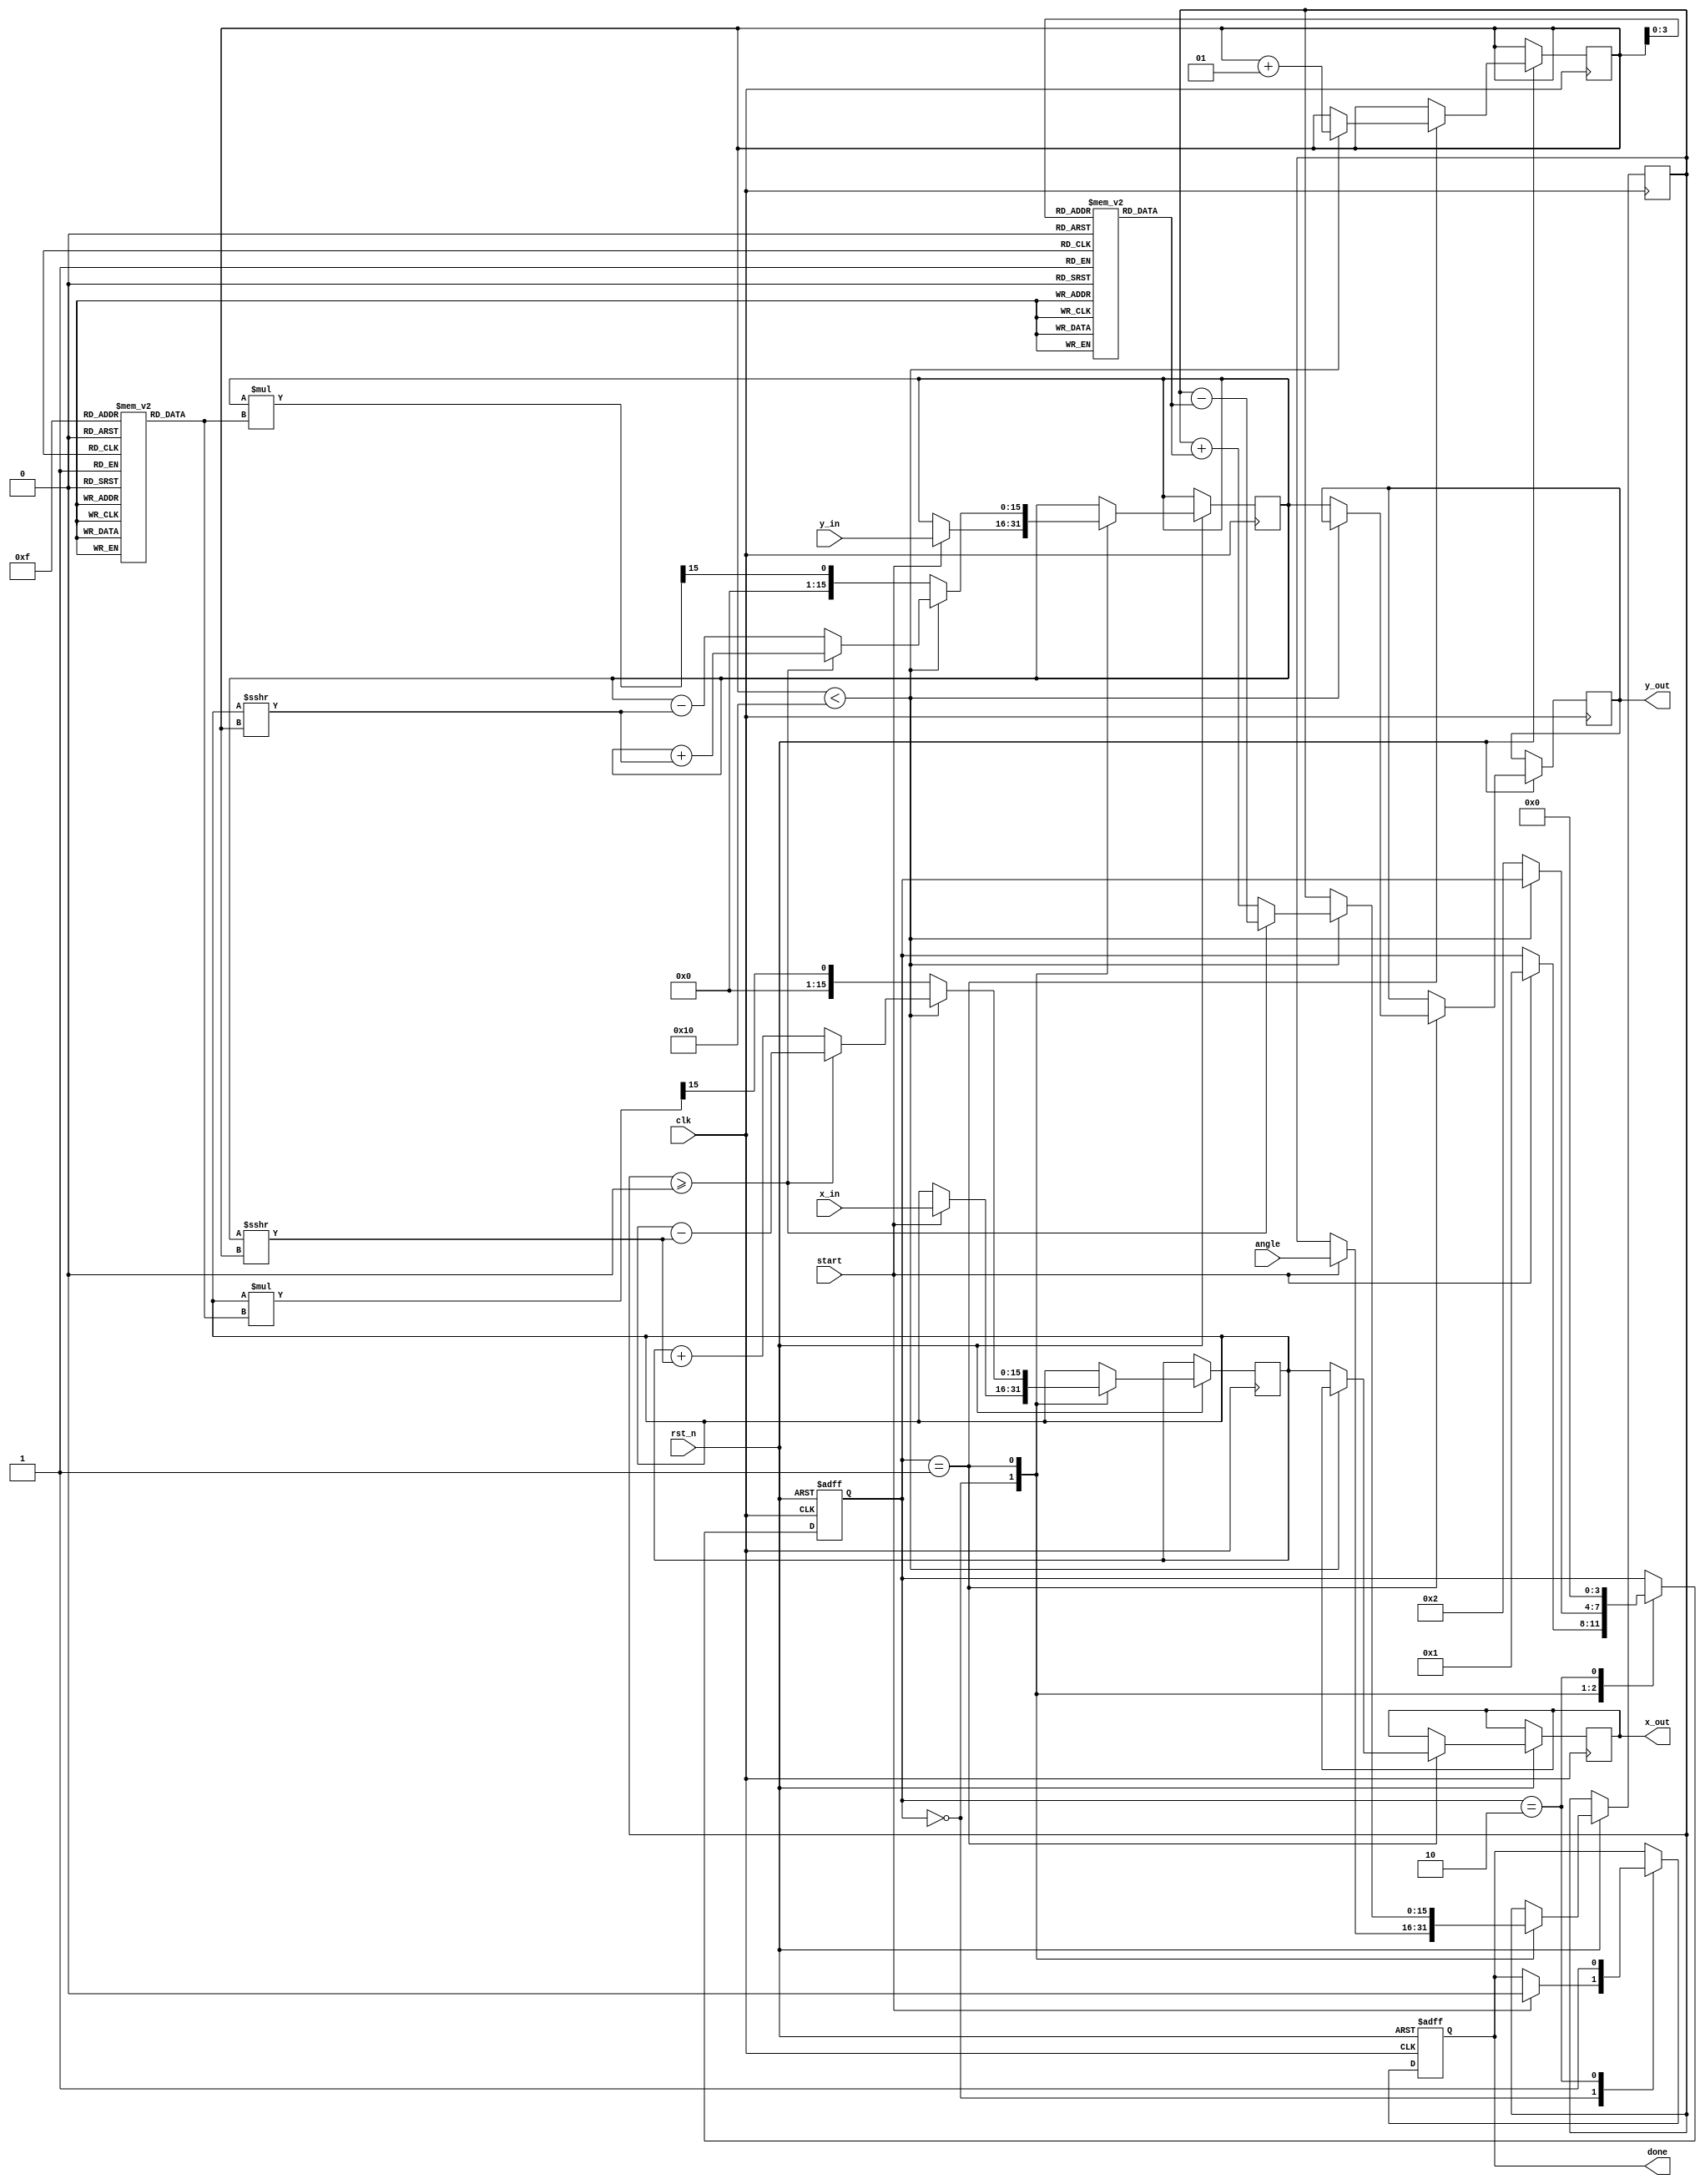
module cordic(
    input clk,
    input rst_n,
    input start,
    input [15:0] angle,      // Angle in fixed-point representation
    input [15:0] x_in,       // Initial x vector
    input [15:0] y_in,       // Initial y vector
    output reg [15:0] x_out,  // Resultant x vector
    output reg [15:0] y_out,  // Resultant y vector
    output reg done           // Indicate operation completed
);

// Parameter definitions
parameter NUM_ITER = 16;        // Number of iterations (can be adjusted)
parameter LUT_SIZE = 16;        // Size of LUT for atan values
reg [15:0] atan_lut[LUT_SIZE-1:0]; // Look-Up Table for atan values

// Scaling factors (predefined according to CORDIC algorithm)
reg [15:0] scaling_factors[NUM_ITER-1:0];

// Internal variables
reg [15:0] x, y;
reg [15:0] current_angle;
integer i;
reg [3:0] state; // FSM State
localparam STATE_IDLE = 0, STATE_COMPUTE = 1, STATE_DONE = 2;

// Initialization of LUT and scaling factors
initial begin
    // atan values in fixed point. These values should be pre-computed.
    atan_lut[0] = 16'h0000; // atan(0) = 0
    atan_lut[1] = 16'h26B3; // atan(1/2) = 0.4636 radians
    atan_lut[2] = 16'h32C9; // atan(1/4) = 0.2449 radians
    // ... Fill in for other angles

    // Example scaling factors. These are often calculated to counteract the gain.
    scaling_factors[0] = 16'hBFFF; // Scaling for first iteration
    // ... Fill in for other iterations
end

// Control Logic
always @(posedge clk or negedge rst_n) begin
    if (!rst_n) begin
        state <= STATE_IDLE;
        done <= 0;
    end else begin
        case (state)
            STATE_IDLE: begin
                if (start) begin
                    x <= x_in;
                    y <= y_in;
                    current_angle <= angle;
                    state <= STATE_COMPUTE;
                    done <= 0;
                end
            end

            STATE_COMPUTE: begin
                if (i < NUM_ITER) begin
                    // Perform rotation using LUT and basic CORDIC update
                    if (current_angle >= 0) begin
                        // Clockwise rotation
                        x <= x - (y >>> i);
                        y <= y + (x >>> i);
                        current_angle <= current_angle - atan_lut[i];
                    end else begin
                        // Counter-clockwise rotation
                        x <= x + (y >>> i);
                        y <= y - (x >>> i);
                        current_angle <= current_angle + atan_lut[i];
                    end
                    i <= i + 1;
                end else begin
                    // Apply scaling factor at the end
                    x <= (x * scaling_factors[NUM_ITER - 1]) >>> 15; // Example scale factor application
                    y <= (y * scaling_factors[NUM_ITER - 1]) >>> 15;
                    x_out <= x;
                    y_out <= y;
                    state <= STATE_DONE;
                end
            end

            STATE_DONE: begin
                done <= 1;
                state <= STATE_IDLE; // Prepare for next operation
            end
        endcase
    end
end

endmodule